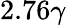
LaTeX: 2.76\gamma